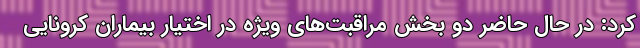
کرد: در حال حاضر دو بخش مراقبت‌های ویژه در اختیار بیماران کرونایی